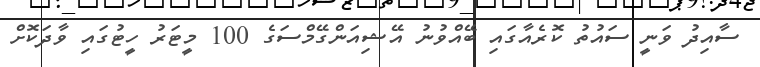
ސާއިދު ވަނީ ސައުތު ކޮރެއާގައި ބޭއްވުނު އޭޝިއަންގޭމްސަގެ 100 މީޓަރު ހީޓުގައި ވާދަކޮށް